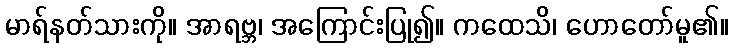
မာရ်နတ်သားကို။ အာရဗ္ဘ၊ အကြောင်းပြု၍။ ကထေသိ၊ ဟောတော်မူ၏။